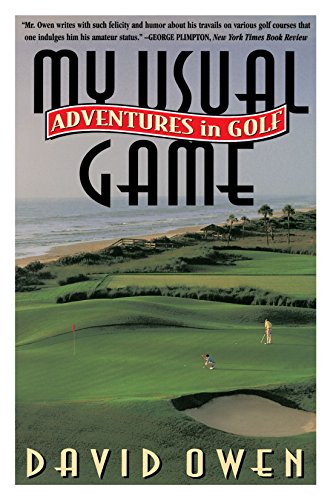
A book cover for My Usual Game; David Owen; Biographies & Memoirs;